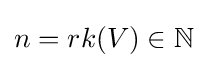
n=rk(V)\in \mathbb {N}